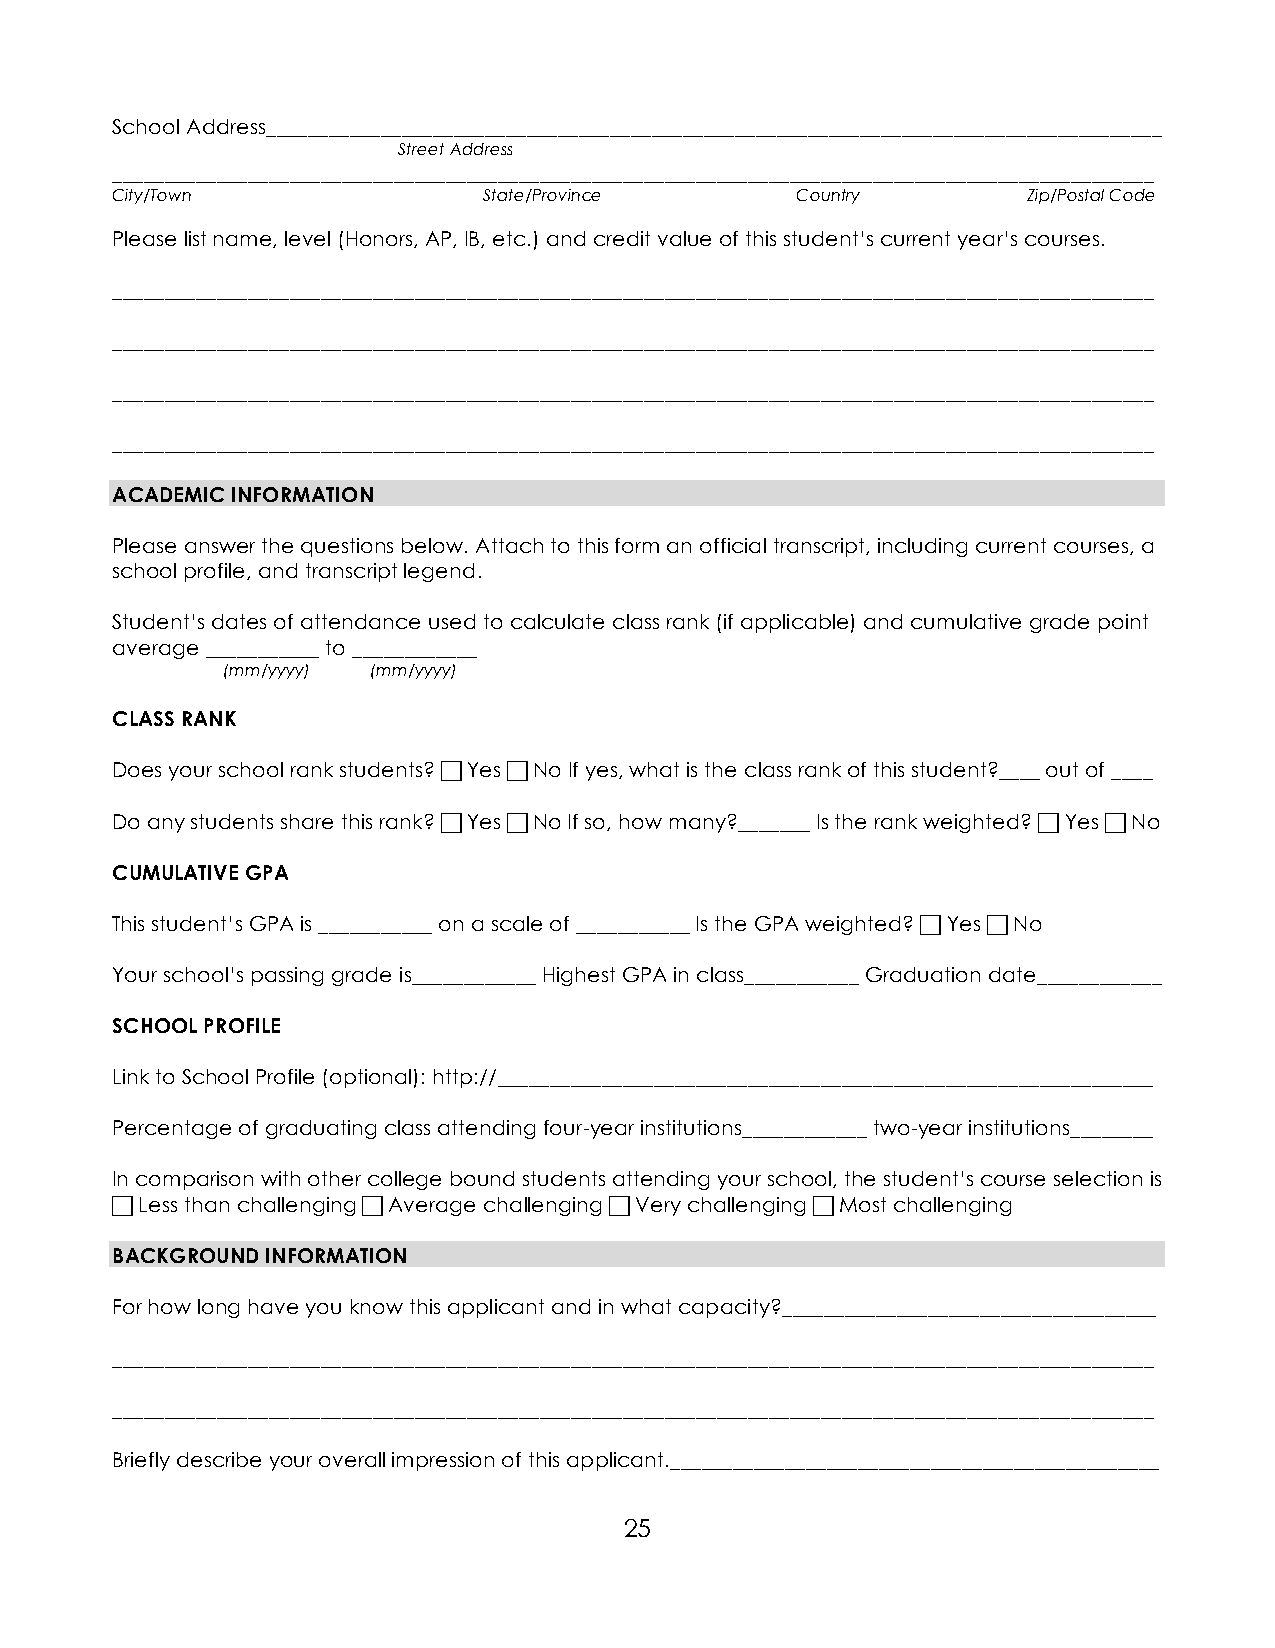
School Address______________________________________________________________________________________
 Street Address
 ____________________________________________________________________________________________________
 City/Town                State/Province       Country        Zip/Postal Code
 Please list name, level (Honors, AP, IB, etc.) and credit value of this student’s current year’s courses.
 ____________________________________________________________________________________________________
 ____________________________________________________________________________________________________
 ____________________________________________________________________________________________________
 ____________________________________________________________________________________________________
 ACADEMIC INFORMATION
 Please answer the questions below. Attach to this form an official transcript, including current courses, a
 school profile, and transcript legend.
 Student’s dates of attendance used to calculate class rank (if applicable) and cumulative grade point
 average ___________ to ____________
 (mm/yyyy) (mm/yyyy)
 CLASS RANK
 Does your school rank students?  Yes  No If yes, what is the class rank of this student?____ out of ____
 Do any students share this rank?  Yes  No If so, how many?_______ Is the rank weighted?  Yes  No
 CUMULATIVE GPA
 This student’s GPA is ___________ on a scale of ___________ Is the GPA weighted?  Yes  No
 Your school’s passing grade is____________ Highest GPA in class___________ Graduation date____________
 SCHOOL PROFILE
 Link to School Profile (optional): http://_______________________________________________________________
 Percentage of graduating class attending four-year institutions____________ two-year institutions________
 In comparison with other college bound students attending your school, the student’s course selection is
  Less than challenging  Average challenging  Very challenging  Most challenging
 BACKGROUND INFORMATION
 For how long have you know this applicant and in what capacity?____________________________________
 ____________________________________________________________________________________________________
 ____________________________________________________________________________________________________
 Briefly describe your overall impression of this applicant._______________________________________________
 25